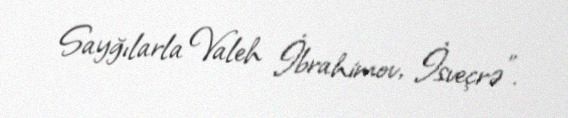
Sayğılarla Valeh İbrahimov, İsveçrə”.